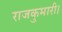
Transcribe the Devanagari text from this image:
राजकुमारी।